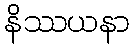
နိဿယနာ